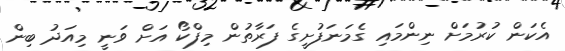
އެކަން ކުރުމަށް ނިންމައި ގެމަނަފުށީގެ ފަރާތުން މިފްކޯ އަށް ވަނީ މިއަދު ބިން